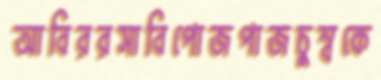
আবিররসাবিপোজপাজচুম্বকে